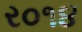
ર૦૧૪